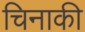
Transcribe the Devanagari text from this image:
चिनाकी